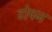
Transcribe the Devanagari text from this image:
टोपन